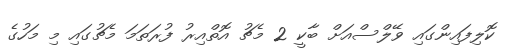
ކޮލިފައިންގައި ވޭލްސްއަށް ބާކީ 2 މެޗު އޮތްއިރު ފުރަތަމަ މެޗުގައި މި މަހުގެ